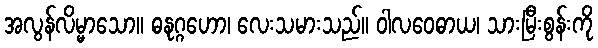
အလွန်လိမ္မာသော။ ဓနုဂ္ဂဟော၊ လေးသမားသည်။ ဝါလဝေဓာယ၊ သားမြီးစွန်းကို